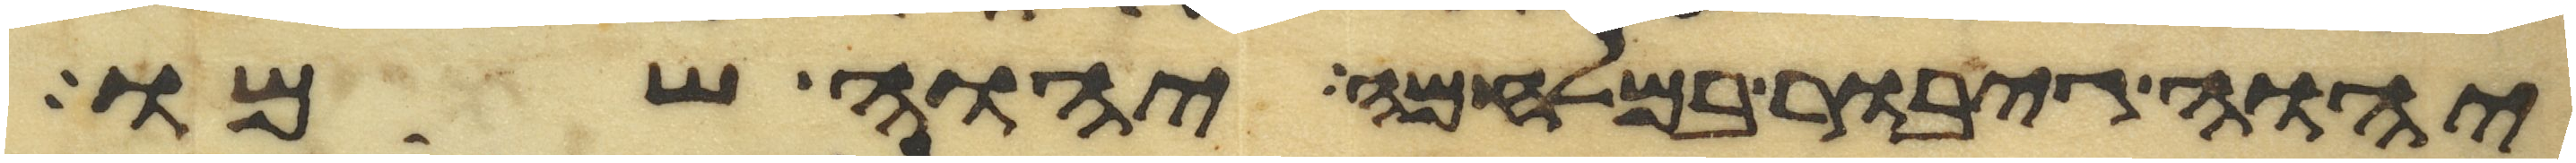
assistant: יהוה גיבור במלחמה יהוה שמו